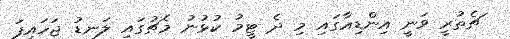
ޗެތުރީ ވަނީ އިންޑިއާގައި މި ދެ ޓީމު ކުޅުނު މެޗުގައި ލަނޑު ޖަހައިފަ